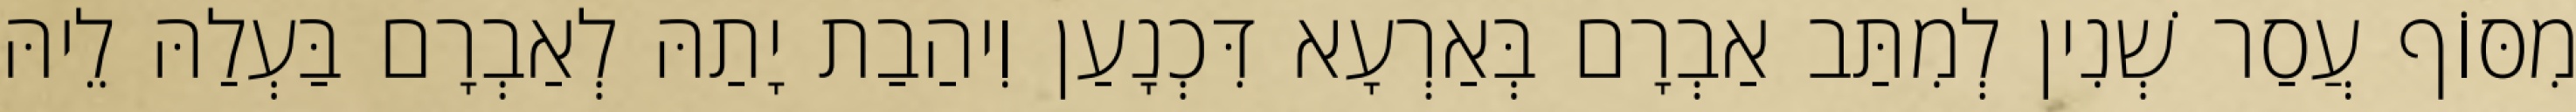
מִסּוֹף עֲסַר שְׁנִין לְמִתַּב אַבְרָם בְּאַרְעָא דִּכְנָעַן וִיהַבַת יָתַהּ לְאַבְרָם בַּעְלַהּ לֵיהּ